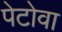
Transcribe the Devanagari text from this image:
पेटोवा